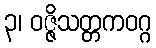
၃၊ ဝဇ္ဇိသတ္တကဝဂ္ဂ